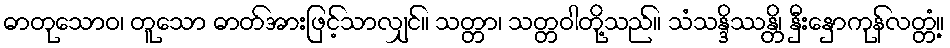
ဓာတုသောဝ၊ တူသော ဓာတ်အားဖြင့်သာလျှင်။ သတ္တာ၊ သတ္တဝါတို့သည်။ သံသန္ဒိဿန္တိ၊ နှီးနှောကုန်လတ္တံ့။